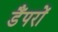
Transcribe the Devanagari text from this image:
डैंपरों